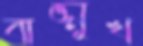
বাঙ্মুখ